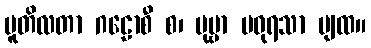
ပူတိလတာ ဂဠောစီ စ၊ မုဗ္ဗာ မဓုရသာ ပျထ။